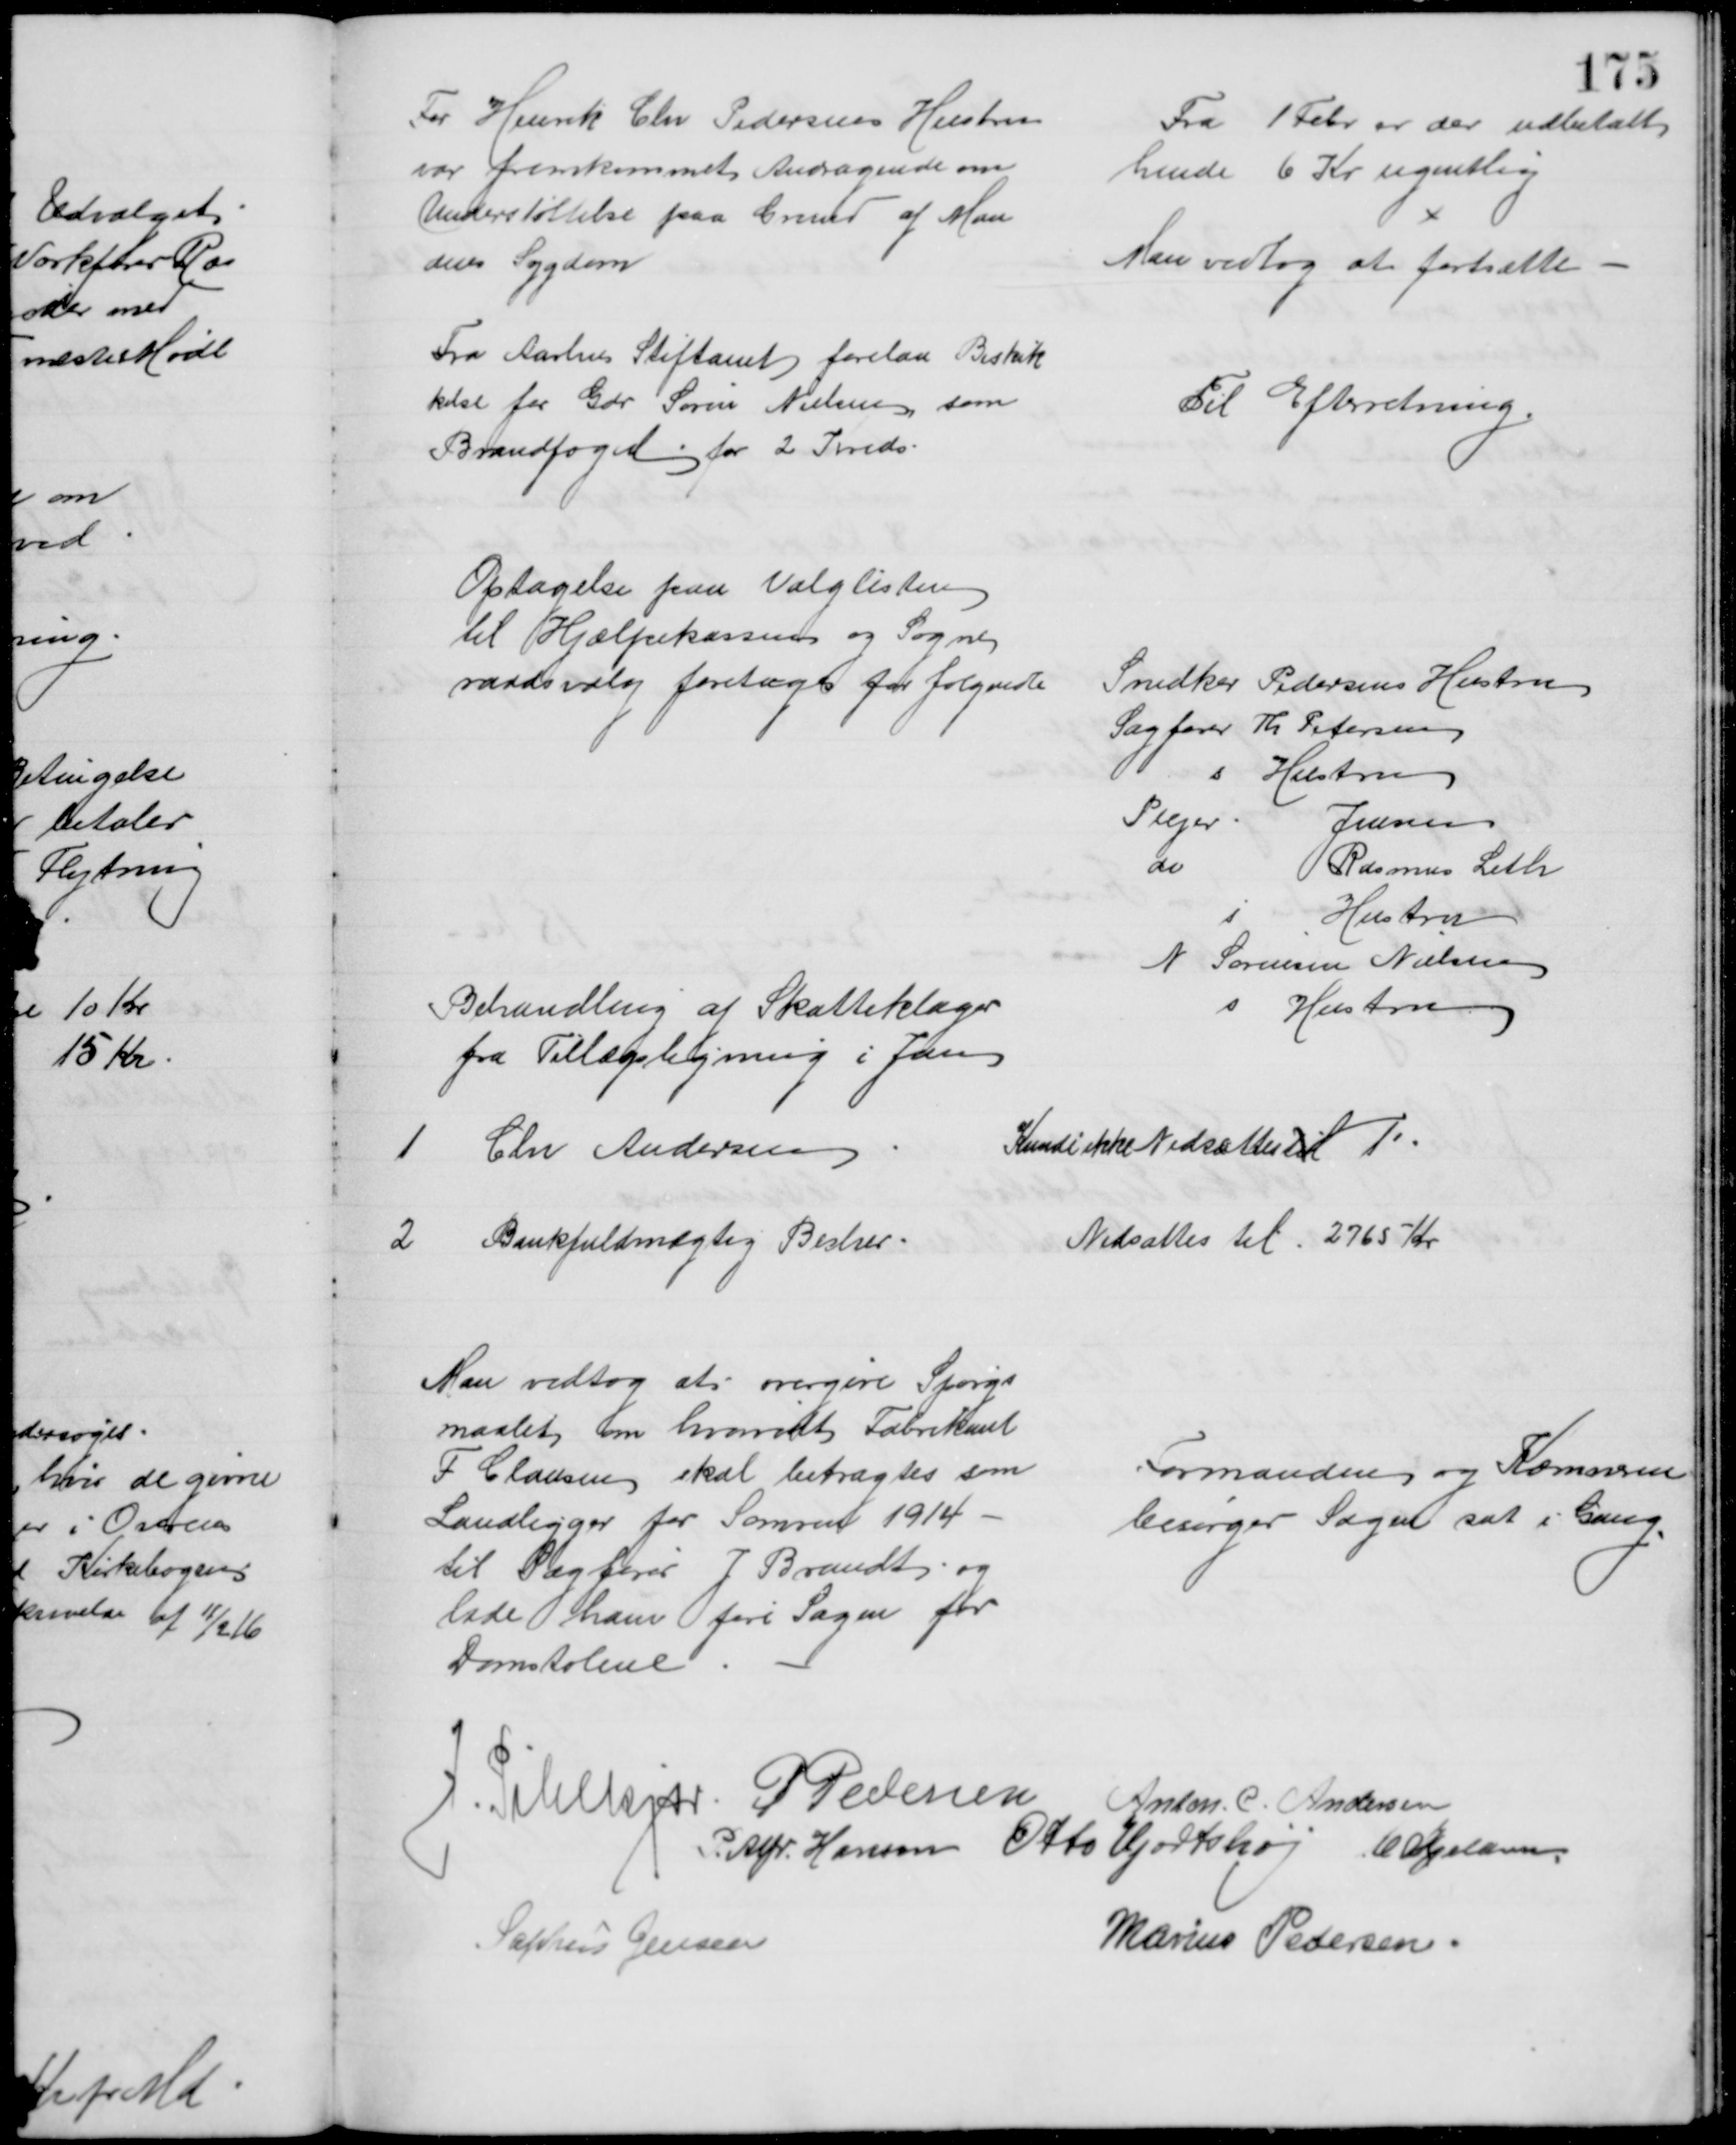
Transskription:
Fra Henrik Chr Pedersens Hustru
var fremkommet Andragende om
Understøttelse paa Grund af Man
dens Sygdom
Fra 1 Febr er der udbetalt
hende 6 Kr ugentlig
Man vedtog at fortsætte 
Fra Aarhus Stiftamt forelaa Beskik
kelse for Gdr Søren Nielsen, som
Brandfoged for 2 Kreds
Til Efterretning
Optagelse paa Valglisten
til Hjælpekassen og Sogne
raadsvalg foretoges for følgende
Snedker Pedersens Hustru
Sagfører Th. Petersen
s
Hustru
Plejer
Jensen
do
Rasmus Leth
s
Hustru
N Sørensen Nielsen
s
Hustru
Behandling af Skatteklager
fra Tillægsligning i Jan
1
Chr Andersen
Kunde ikke Nedsættes til 1
2 
Bankfuldmægtig Becher
Nedsattes til 2765 Kr
Man vedtog at overgive Spørgs
maalet om hvorvidt Fabrikant
F Clausen skal betragtes som
Landligger for Somren 1914
til Sagfører J Brandt og
lade ham føre Sagen for
Domstolene
Formanden og Kæmneren
besørger Sagen sat i Gang
J. Pihlkjær P Pedersen
Anton. C. Andersen
P. Alfr. Hansen Otto Hjortshøj C. Kjeldsen
Sophus Jensen
Marius Pedersen